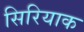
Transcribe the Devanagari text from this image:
सिरियाक